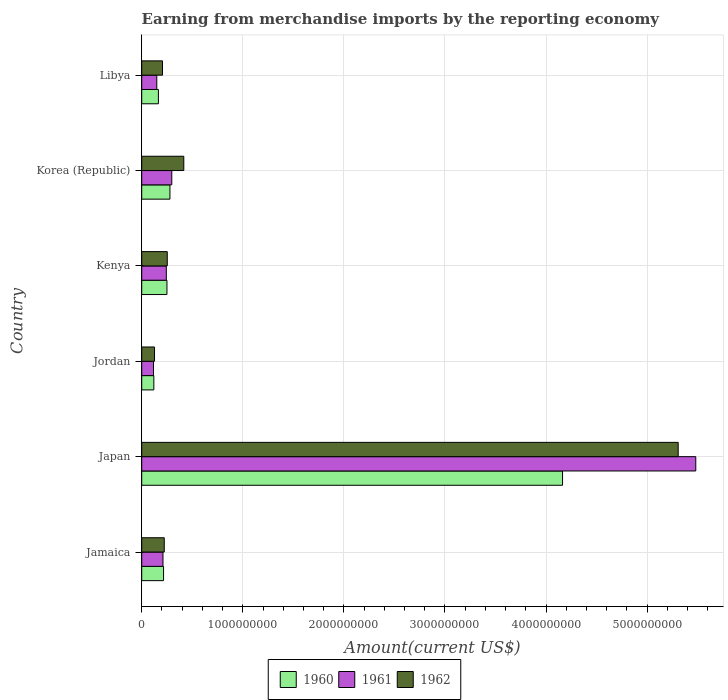
| Country | 1960 | 1961 | 1962 |
 | --- | --- | --- | --- |
 | Jamaica | 2.16e+08 | 2.1e+08 | 2.23e+08 |
 | Japan | 4.16e+09 | 5.48e+09 | 5.31e+09 |
 | Jordan | 1.2e+08 | 1.16e+08 | 1.27e+08 |
 | Kenya | 2.5e+08 | 2.43e+08 | 2.53e+08 |
 | Korea (Republic) | 2.79e+08 | 2.97e+08 | 4.16e+08 |
 | Libya | 1.65e+08 | 1.49e+08 | 2.06e+08 |